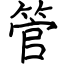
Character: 管